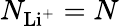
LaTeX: N_{\mathrm{Li^{+}}}=N